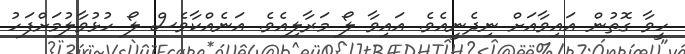
ހީވާ ގޮތުން އައިވާއަށް ނިދެނީއެވެ. އައިވާ ލޯ މަރާލިއެވެ. އަނެއްކާވެސް ލޯ ހުޅުވާލުމަށްފަހު